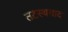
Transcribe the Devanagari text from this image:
तटस्थवाद